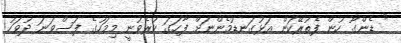
" ޑެންގޫ ހުން ފެތުރޭކަން އަޅުގަނޑުމެންނަށް ފާހަގަ ކުރެވުނީ މިމަހުގެ ފަސްވަނަ ދުވަހު